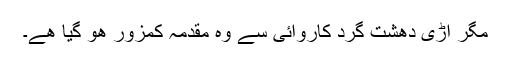
مگر اڑی دھشت گرد کاروائی سے وہ مقدمہ کمزور ھو گیا ھے۔